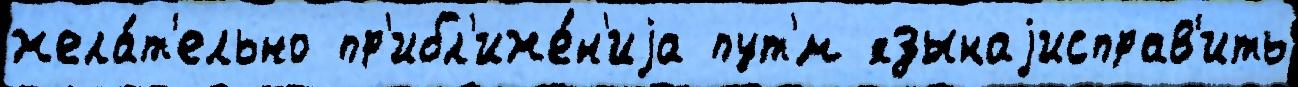
жела́т'ельно пр'ибл'иже́н'иjа пут'́м языкаjисправ'ить